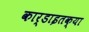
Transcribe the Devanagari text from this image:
कार्डाइतक्या